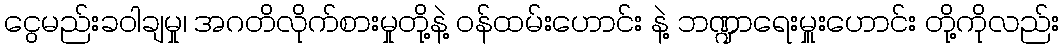
ငွေမည်းခဝါချမှု၊ အဂတိလိုက်စားမှုတို့နဲ့ ဝန်ထမ်းဟောင်း နဲ့ ဘဏ္ဍာရေးမှူးဟောင်း တို့ကိုလည်း